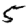
Digit: 5